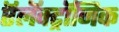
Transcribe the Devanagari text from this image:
ऍलॅक्ट्रॉनिक